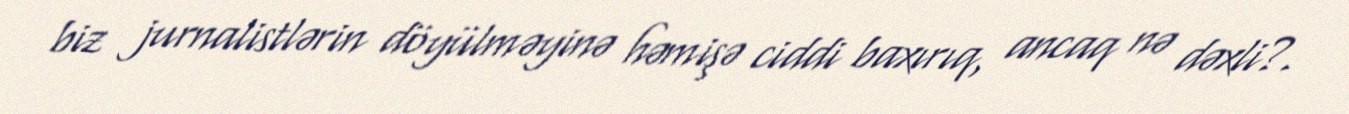
biz jurnalistlərin döyülməyinə həmişə ciddi baxırıq, ancaq nə dəxli?.